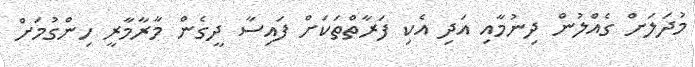
މުދަލަށް ގެއްލުން ދިނުމާއި އަދި އެކި ފަރާތްތަކަށް ފައިސާ ދީގެން މާރާމާރީ ހިންގުމަށް